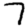
Digit: 7